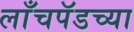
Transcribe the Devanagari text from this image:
लाँचपॅडच्या